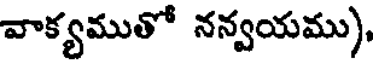
వాక్యముతో నన్వయము),